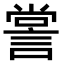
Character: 𧨲